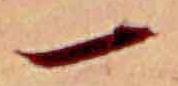
一